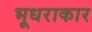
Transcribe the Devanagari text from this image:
भूधराकार